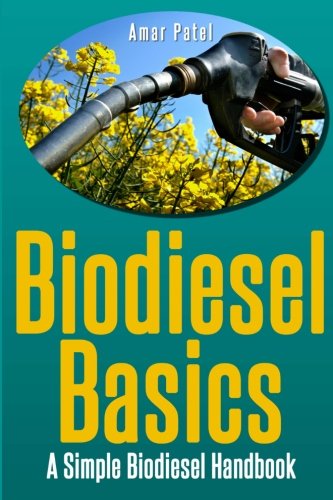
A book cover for Bio Diesel Basics: A Simple Bio Diesel Handbook; Amar Patel; Science & Math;